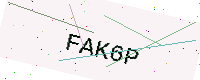
Text: FAK6P